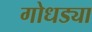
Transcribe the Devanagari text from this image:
गोधड्या